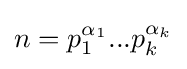
n=p_{1}^{\alpha _{1}}...p_{k}^{\alpha _{k}}